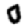
Digit: 0